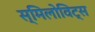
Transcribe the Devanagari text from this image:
स्मिलोविट्स